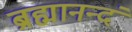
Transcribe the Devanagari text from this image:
ब्रह्मानन्दं